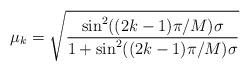
LaTeX: \begin{align*}\mu_k = \sqrt{\frac{\sin^2((2k-1)\pi/M)\sigma}{1+\sin^2((2k-1)\pi/M)\sigma}}\end{align*}